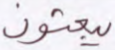
يبعثون